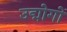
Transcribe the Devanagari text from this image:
उद्मोगों